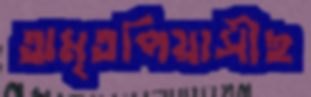
অমৃতপিয়াসীছ